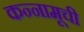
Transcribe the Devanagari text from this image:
कन्नामूची